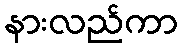
နားလည်ကာ